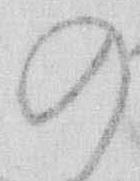
の